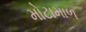
મોટામાળ